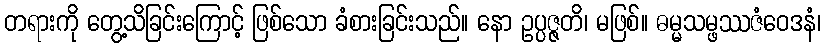
တရားကို တွေ့သိခြင်းကြောင့် ဖြစ်သော ခံစားခြင်းသည်။ နော ဥပ္ပဇ္ဇတိ၊ မဖြစ်။ ဓမ္မသမ္ဖဿဇံဝေဒနံ၊